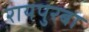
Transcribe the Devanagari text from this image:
रायपुरबा